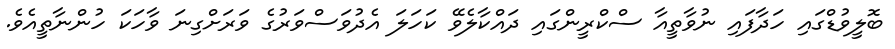
ބޮލީވުޑްގައި ހަދާފައި ނުވާތީއާ ސްކްރީންގައި ދައްކާލެވޭ ކަހަލަ އެދުވަސްވަރުގެ ވަރަށްގިނަ ވާހަކަ ހުންނާތީއެވެ.